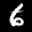
Label: 6